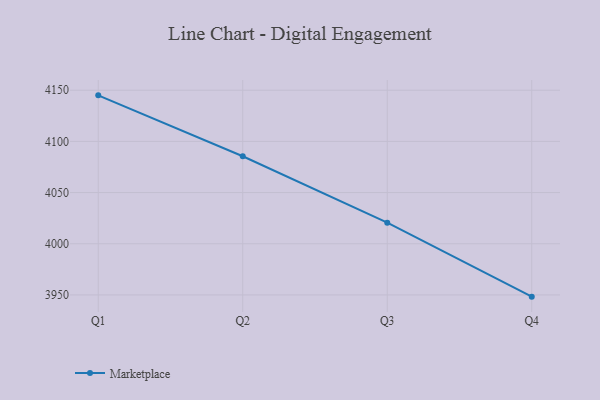
{"axis": {"x": "Quarter", "y": "Market Share (%)"}, "legend": ["Marketplace"], "data": [{"x": "Q1", "y": 4145.0, "type": "Marketplace"}, {"x": "Q2", "y": 4085.5, "type": "Marketplace"}, {"x": "Q3", "y": 4020.6, "type": "Marketplace"}, {"x": "Q4", "y": 3948.3, "type": "Marketplace"}]}